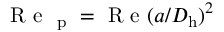
\mathrm { ~ R ~ e ~ } _ { \mathrm { ~ p ~ } } = \mathrm { ~ R ~ e ~ } ( a / D _ { \mathrm { h } } ) ^ { 2 }